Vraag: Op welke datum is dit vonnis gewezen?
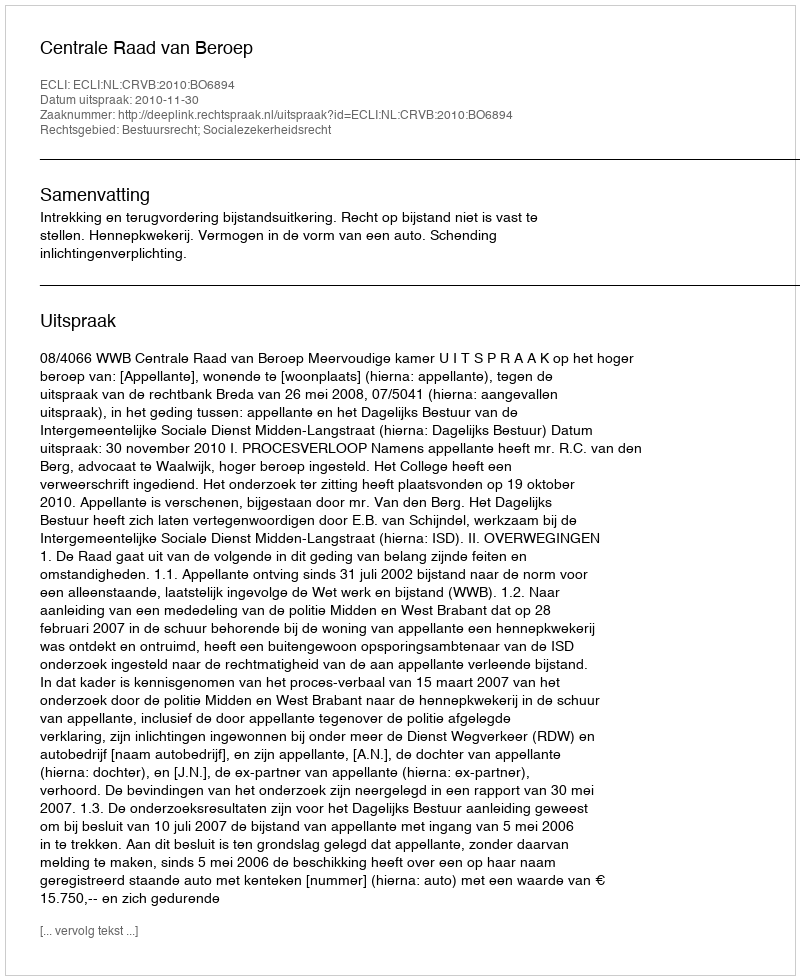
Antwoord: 2010-11-30